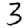
Digit: 3